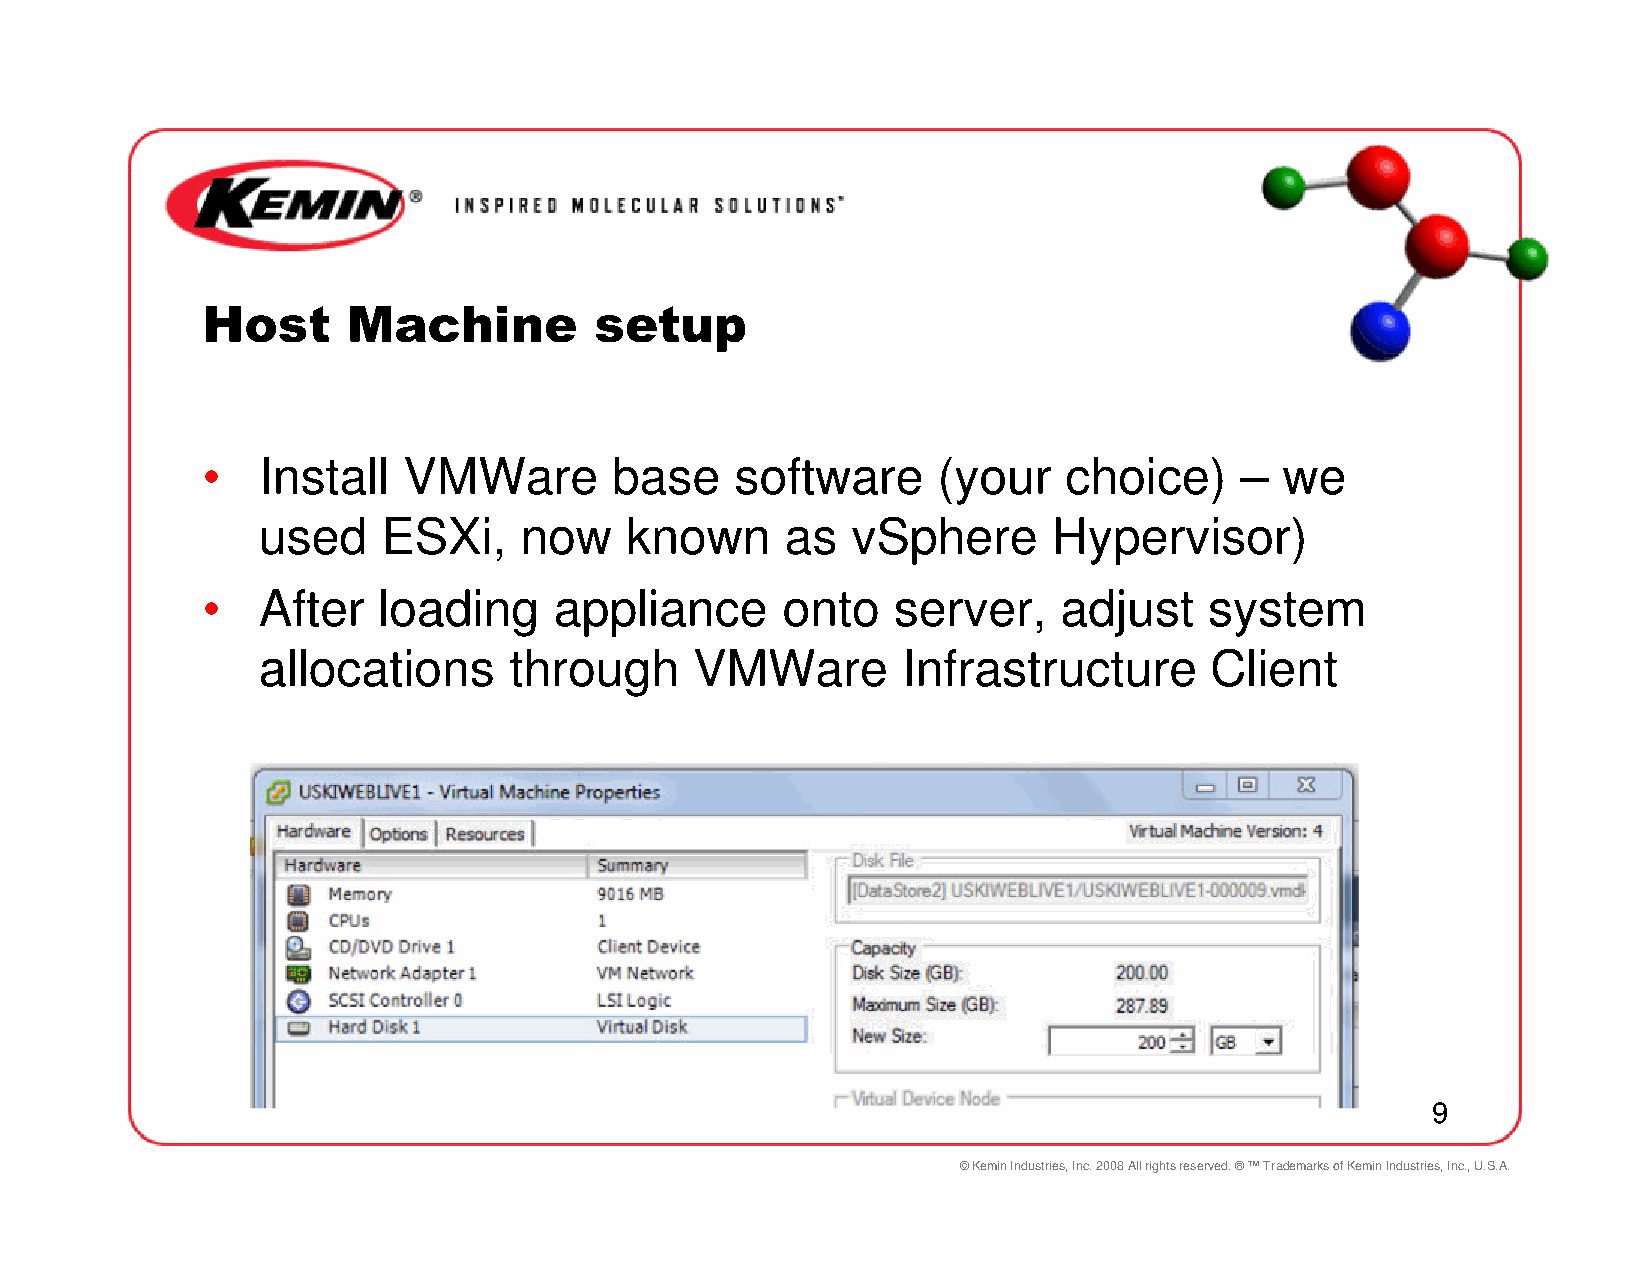
Host      Machine         setup
 •   Install   VMWare       base     software     (your   choice)     –  we
 used    ESXi,    now    known      as  vSphere       Hypervisor)
 •   After   loading     appliance      onto   server,    adjust    system
 allocations      through     VMWare        Infrastructure      Client
 9
 © Kemin Industries, Inc. 2008 All rights reserved. ® ™ Trademarks of Kemin Industries, Inc., U.S.A.